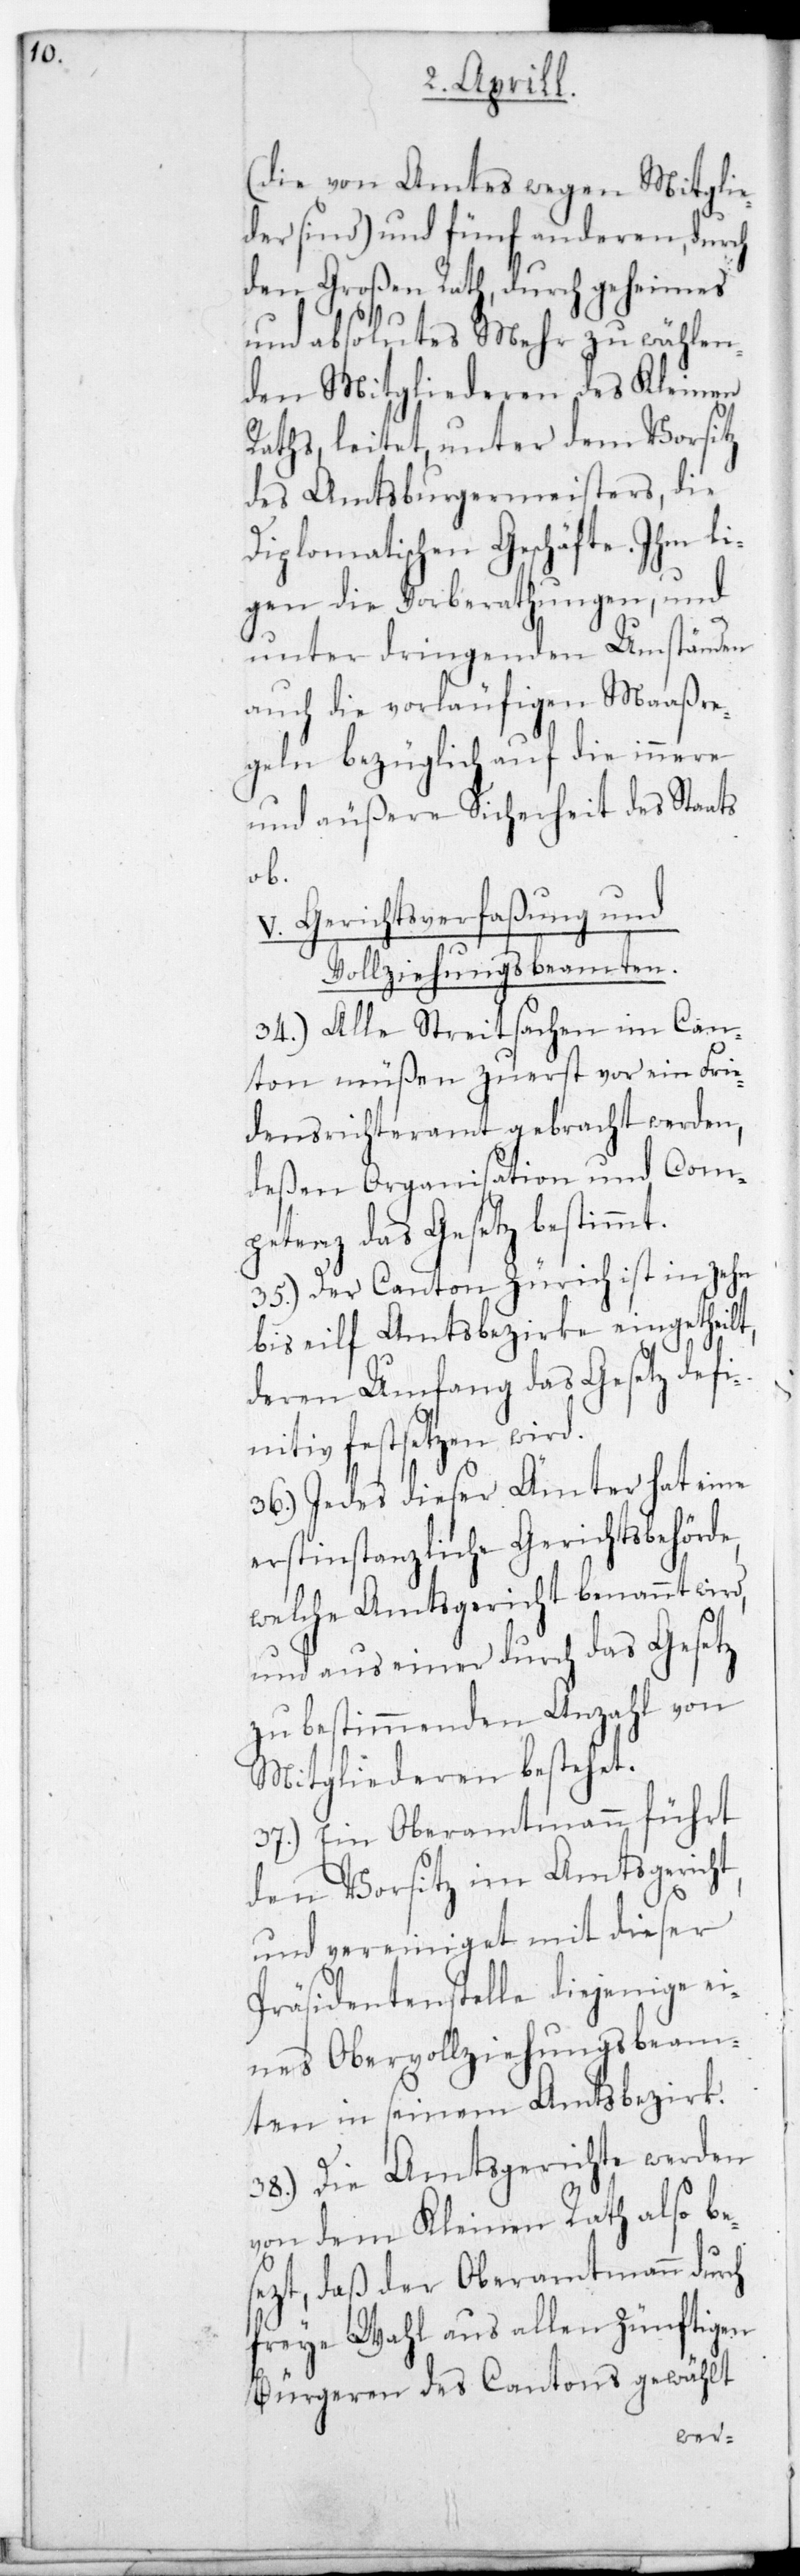
s¬

(die von Amts wegen Mitglie¬
der sind) und fünf anderen, durch
den Großen Rath, durch geheimes
und absolutes Mehr zu wählen¬
den Mitgliederen des Kleinen
Raths, leitet, unter dem Vorsitz
des Amtsburgermeisters, die
Diplomatischen Geschäfte. Ihm lie¬
gen die Vorberathungen und
unter dringenden Umständen
auch die vorläufigen Maaßre¬
geln bezüglich auf die innere
und äußere Sicherheit des Staats
ob.
Gerichtsverfaßung und
Vollziehungsbeamten.
34.) Alle Streitsachen im Can¬
ton müßen zuerst vor ein Frie¬
densrichteramt gebracht werden,
deßen Organisation und Com¬
petenz das Gesetz bestimmt.
35.) Der Canton Zürich ist in zehn
bis elf Amtsbezirke eingetheilt,
deren Umfang das Gesetz defi¬
nitiv festsetzen wird.
36.) Jedes dieser Ämter hat eine
erstinstanzliche Gerichtsbehörde,
welche Amtsgericht benannt wird,
und aus einer durch das Gesetz
zu bestimmenden Anzahl von
Mitgliederen bestehet.
37.) Ein Oberamtmann führt
den Vorsitz im Amtsgericht,
und vereiniget mit dieser
Präsidentenstelle diejenige ei¬
nes Obervollziehungs-Beam¬
ten in seinem Amtsbezirk.
38.) Die Amtsgerichte werden
von dem Kleinen Rath also be¬
etzt, daß der Oberamtmann durch
freie Wahl aus allen zünftigen
Bürgeren des Cantons gewählt